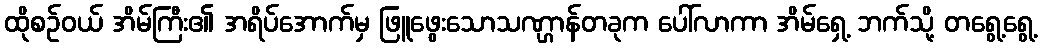
ထိုစဉ်ဝယ် အိမ်ကြီး၏ အရိပ်အောက်မှ ဖြူဖွေးသောသဏ္ဌာန်တခုက ပေါ်လာကာ အိမ်ရှေ့ ဘက်သို့ တရွေ့ရွေ့